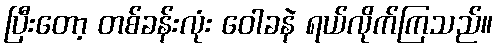
ပြီးတော့ တစ်ခန်းလုံး ဝေါခနဲ ရယ်လိုက်ကြသည်။